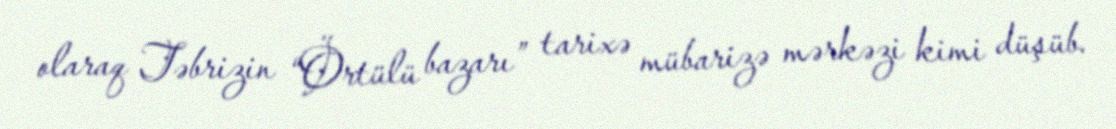
olaraq Təbrizin “Örtülü bazarı” tarixə mübarizə mərkəzi kimi düşüb.